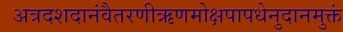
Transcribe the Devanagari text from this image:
अत्रदशदानंवैतरणीऋणमोक्षपापधेनुदानमुक्तं